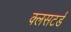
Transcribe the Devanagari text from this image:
क्लसटर्ड